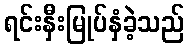
ရင်းနှီးမြုပ်နှံခဲ့သည်